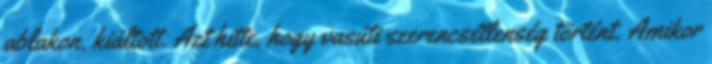
ablakon. kiáltott. Azt hitte, hogy vasúti szerencsétlenség történt. Amikor